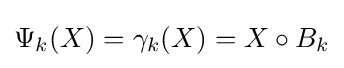
\Psi _{k}(X)=\gamma _{k}(X)=X\circ B_{k}